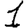
Digit: 1